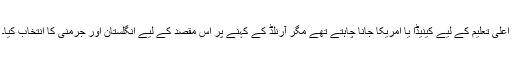
اعلی تعلیم کے لیے کینیڈا یا امریکا جانا چاہتے تھے مگر آرنلڈ کے کہنے پر اس مقصد کے لیے انگلستان اور جرمنی کا انتخاب کیا۔